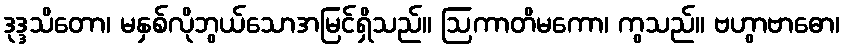
ဒုဒ္ဒသိတော၊ မနှစ်လိုဘွယ်သောအမြင်ရှိသည်။ ဩကာတိမကော၊ ကွသည်။ ဗဟွာဗာဓော၊